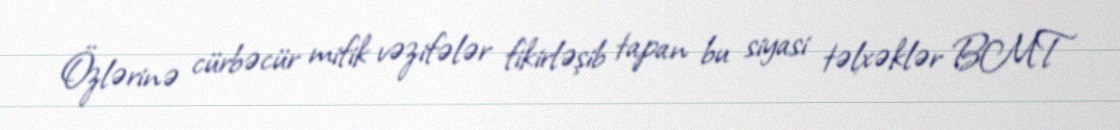
Özlərinə cürbəcür mifik vəzifələr fikirləşib tapan bu siyasi təlxəklər BMT